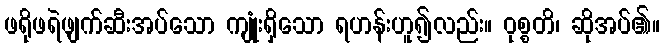
ဖရိုဖရဲဖျက်ဆီးအပ်သော ကျုံးရှိသော ရဟန်းဟူ၍လည်း။ ဝုစ္စတိ၊ ဆိုအပ်၏။